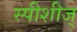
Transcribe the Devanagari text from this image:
स्पीशीज्